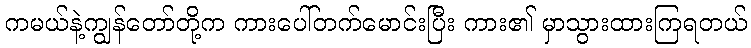
ကမယ်နဲ့ကျွန်တော်တို့က ကားပေါ်တက်မောင်းပြီး ကား၏ မှာသွားထားကြရတယ်